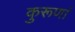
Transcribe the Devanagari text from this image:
कुरूणां